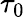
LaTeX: \tau_{0}